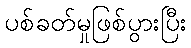
ပစ်ခတ်မှုဖြစ်ပွားပြီး